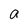
Character: a